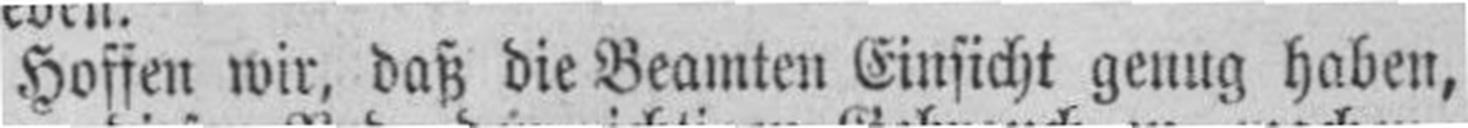
Hoffen wir, daß die Beamten Einsicht genug haben,